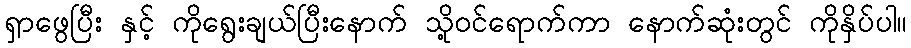
ရှာဖွေပြီး နှင့် ကိုရွေးချယ်ပြီးနောက် သို့ဝင်ရောက်ကာ နောက်ဆုံးတွင် ကိုနှိပ်ပါ။